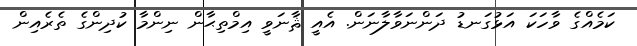
ކަމެއްގެ ވާހަކަ އަޅުގަނޑު ދަންނަވާލާނަން. އެއީ ޘާނަވީ އިމްތިޙާން ނިންމާ ކުދިންގެ ތެރެއިން